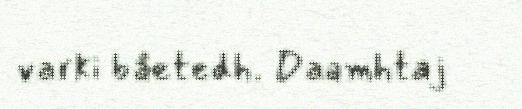
varki båetedh. Daamhtaj